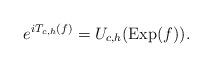
LaTeX: \begin{align*}e^{iT_{c,h}(f)} = U_{c,h}({\rm Exp}(f)).\end{align*}